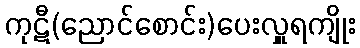
ကုဋီ(ညောင်စောင်း)ပေးလှူရကျိုး